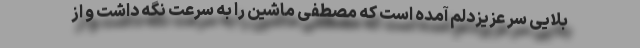
بلایی سر عزیزدلم آمده است که مصطفی ماشین را به سرعت نگه داشت و از